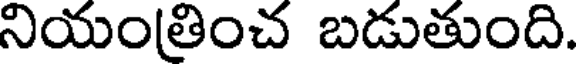
నియంతించ బడుతుంది.